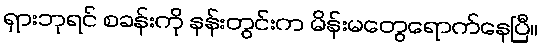
ရှားဘုရင် စခန်းကို နန်းတွင်းက မိန်းမတွေရောက်နေပြီ။